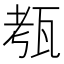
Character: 㼥